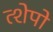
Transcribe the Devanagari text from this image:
त्शेपो